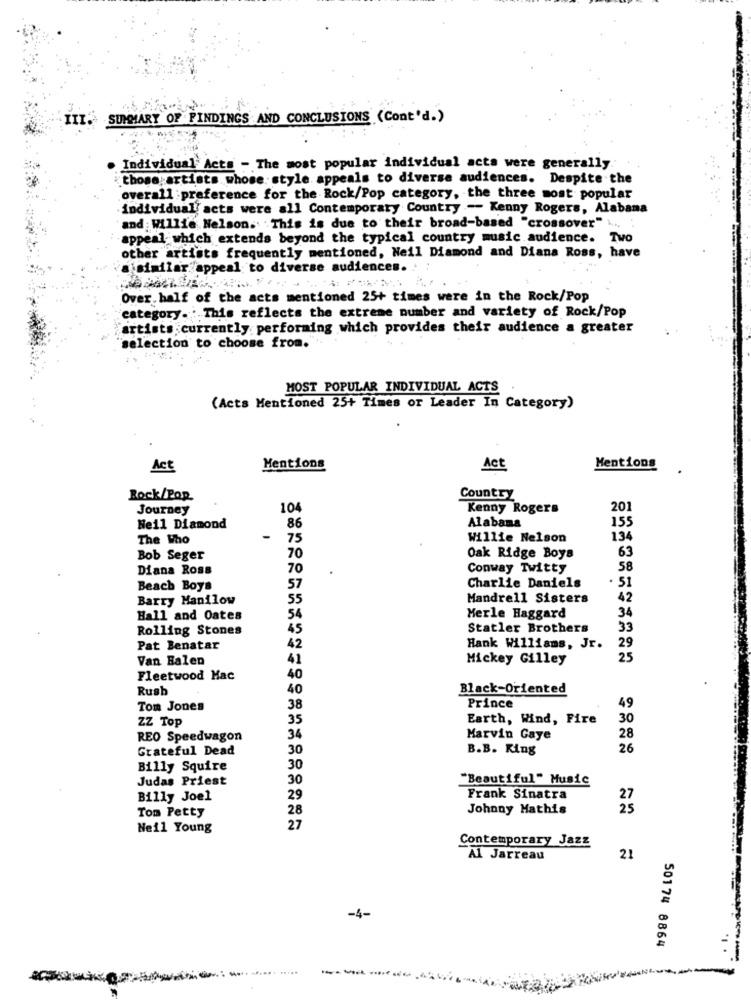
III. SUMMARY OF FINDINGS AND CONCLUSIONS (Cont'd.)
· Individual Acts - The most popular individual acts were generally.
those artists whose: style appeals to diverse audiences. Despite the
overall :preference for the Rock/Pop category, the three most popular
individual acts were all Contemporary Country -- Kenny Rogers, Alabama
'and : Willie Nelson. This is due to their broad-based "crossover" .... .
-appeal which extends beyond the typical country music audience. Two
other artists frequently mentioned, Neil Diamond and Diana Ross, have
a similar appeal to diverse audiences.
Over half of the acts mentioned 25+ times were in the Rock/Pop
category. This reflects the extreme number and variety of Rock/Pop
artists currently performing which provides their audience a greater
"selection to choose from."
MOST POPULAR INDIVIDUAL ACTS
(Acts Mentioned 25+ Times or Leader In Category)
Act
Mentions
Act
Mentions
Rock/Pop.
Country
Journey
104
Kenny Rogers
201
Alabama
155
Neil Diamond
86
The Who
75
Willie Nelson
134
Bob Seger
70
Oak Ridge Boys
63
Diana Ross
70
Conway Twitty
58
Charlie Daniels
Beach Boys
57
51
Barry Manilow
55
Mandrell Sisters
42
Hall and Oates
54
Merle Haggard
34
Rolling Stones
45
Statler Brothers
33
Pat Benatar
42
Hank Williams, Jr.
29
Van Halen
41
Mickey Gilley
25
Fleetwood Mac
40
Rush
40
Black-Oriented
49
Tom Jones
38
Prince
ZZ Top
35
Earth, Wind, Fire
30
REO Speedwagon
34
Marvin Gaye
28
Grateful Dead
30
B.B. King
26
Billy Squire
30
Judas Priest
30
"Beautiful" Music
Billy Joel
29
Frank Sinatra
27
Tom Petty
28
Johnny Mathis
25
Neil Young
27
Contemporary Jazz
Al Jarreau
21
-4-
1.
50174 8864
----